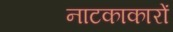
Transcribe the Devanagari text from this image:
नाटकाकारों